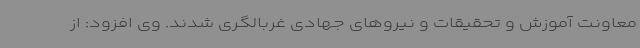
معاونت آموزش و تحقیقات و نیروهای جهادی غربالگری شدند. وی افزود: از